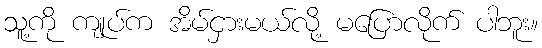
သူ့ကို ကျုပ်က အိမ်ငှားမယ်လို့ မပြောလိုက် ပါဘူး။